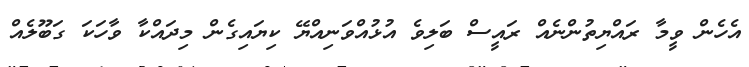
އެހެން ވީމާ ރައްޔިތުންނެއް ރައީސް ބަލިވެ އުޅުއްވަނިއްޔޭ ކިޔައިގެން މިދައްކާ ވާހަކަ ގަބޫލެއް